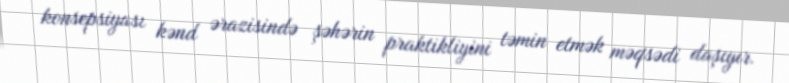
konsepsiyası kənd ərazisində şəhərin praktikliyini təmin etmək məqsədi daşıyır.